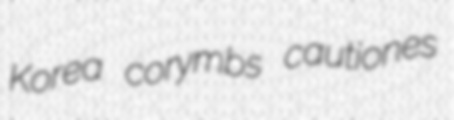
Korea corymbs cautiones